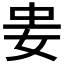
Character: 𭑲